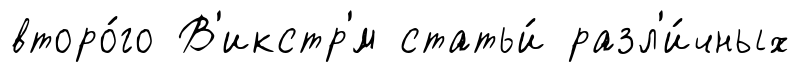
второ́го В'икстр'́м статьи́ разл'и́чных